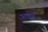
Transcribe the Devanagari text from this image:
ज़ायके